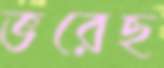
ভরেছ